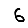
Digit: 6